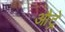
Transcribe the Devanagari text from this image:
औट्रे